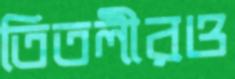
তিতলীরও